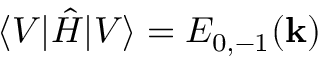
\langle V | \hat { H } | V \rangle = E _ { 0 , - 1 } ( \mathbf { k } )